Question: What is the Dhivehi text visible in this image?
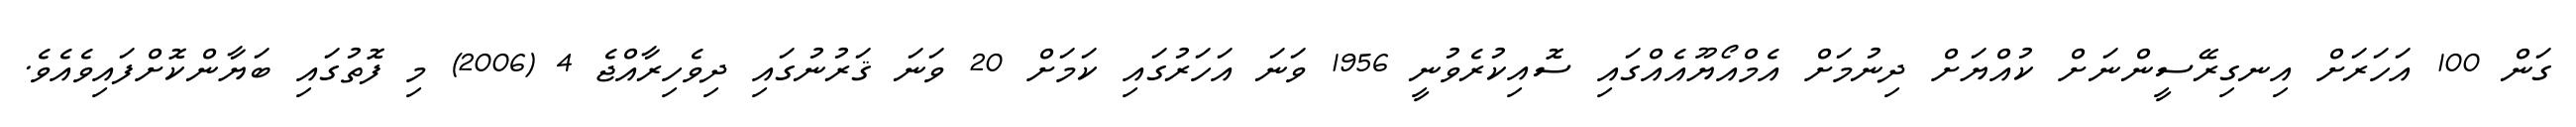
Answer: ގަން 100 އަހަރަށް އިނގިރޭސީންނަށް ކުއްޔަށް ދިނުމަށް އެމްއޯޔޫއެއްގައި ސޮއިކުރެވުނީ 1956 ވަނަ އަހަރުގައި ކަމަށް 20 ވަނަ ޤަރުނުގައި ދިވެހިރާއްޖެ 4 (2006) މި ފޮތުގައި ބަޔާންކޮށްފައިވެއެވެ.